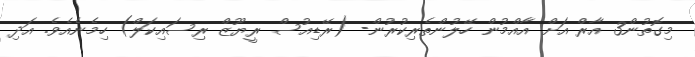
މިގޮތުން3 އާރް އަށް އާއްމުން ހޭލުންތެރިކުރުން- (ރޭޑިއުސް ރީޔޫޒް ރިސައިކަލް) ހިމެނެއެވެ. އަދި